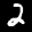
Label: 2